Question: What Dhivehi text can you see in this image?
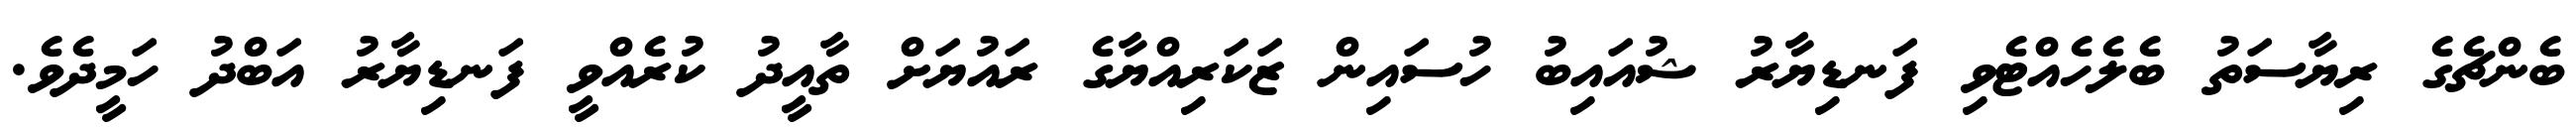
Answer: ބެންޗެގެ ރިޔާސަތު ބެލެހެއްޓެވި ފަނޑިޔާރު ޝުއައިބު ހުސައިން ޒަކަރިއްޔާގެ ރައުޔަށް ތާއީދު ކުރެއްވީ ފަނޑިޔާރު އަބްދު ހަމީދެވެ.